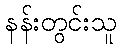
နန်းတွင်းသူ